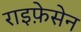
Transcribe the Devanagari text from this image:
राइफ़ेसेन